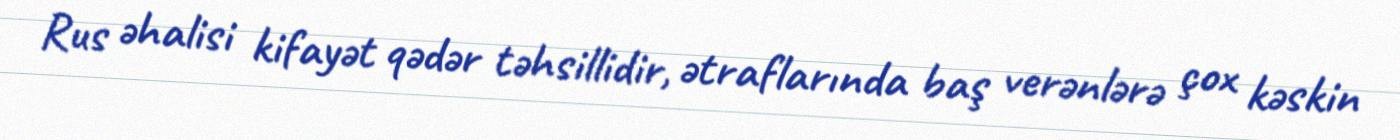
Rus əhalisi kifayət qədər təhsillidir, ətraflarında baş verənlərə çox kəskin